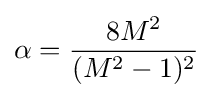
\alpha ={\frac {8M^{2}}{(M^{2}-1)^{2}}}